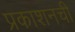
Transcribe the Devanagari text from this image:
प्रकाशनची